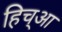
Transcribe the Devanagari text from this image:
हिच्आ